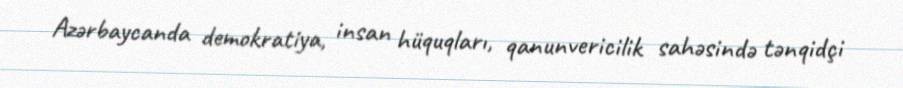
Azərbaycanda demokratiya, insan hüquqları, qanunvericilik sahəsində tənqidçi